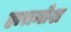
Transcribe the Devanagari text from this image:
हारामोश